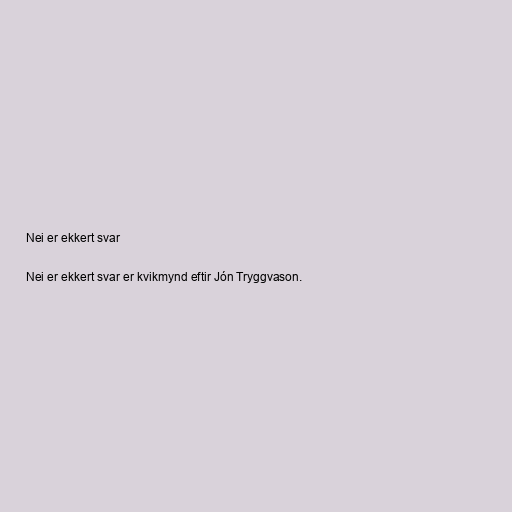
Nei er ekkert svar

Nei er ekkert svar er kvikmynd eftir Jón Tryggvason.